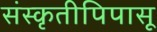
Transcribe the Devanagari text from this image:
संस्कृतीपिपासू